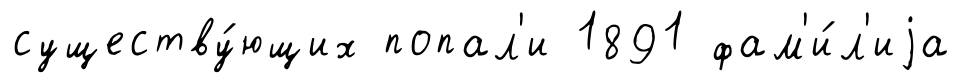
существу́ющих попал'и 1891 фам'и́л'иjа